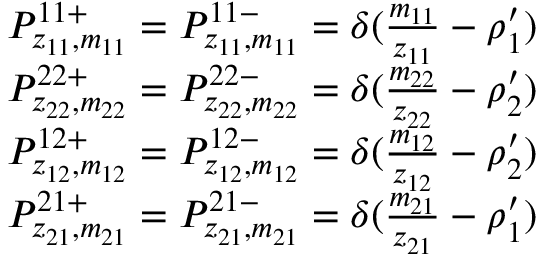
\begin{array} { r l } & { P _ { z _ { 1 1 } , m _ { 1 1 } } ^ { 1 1 + } = P _ { z _ { 1 1 } , m _ { 1 1 } } ^ { 1 1 - } = \delta ( \frac { m _ { 1 1 } } { z _ { 1 1 } } - \rho _ { 1 } ^ { \prime } ) } \\ & { P _ { z _ { 2 2 } , m _ { 2 2 } } ^ { 2 2 + } = P _ { z _ { 2 2 } , m _ { 2 2 } } ^ { 2 2 - } = \delta ( \frac { m _ { 2 2 } } { z _ { 2 2 } } - \rho _ { 2 } ^ { \prime } ) } \\ & { P _ { z _ { 1 2 } , m _ { 1 2 } } ^ { 1 2 + } = P _ { z _ { 1 2 } , m _ { 1 2 } } ^ { 1 2 - } = \delta ( \frac { m _ { 1 2 } } { z _ { 1 2 } } - \rho _ { 2 } ^ { \prime } ) } \\ & { P _ { z _ { 2 1 } , m _ { 2 1 } } ^ { 2 1 + } = P _ { z _ { 2 1 } , m _ { 2 1 } } ^ { 2 1 - } = \delta ( \frac { m _ { 2 1 } } { z _ { 2 1 } } - \rho _ { 1 } ^ { \prime } ) } \end{array}